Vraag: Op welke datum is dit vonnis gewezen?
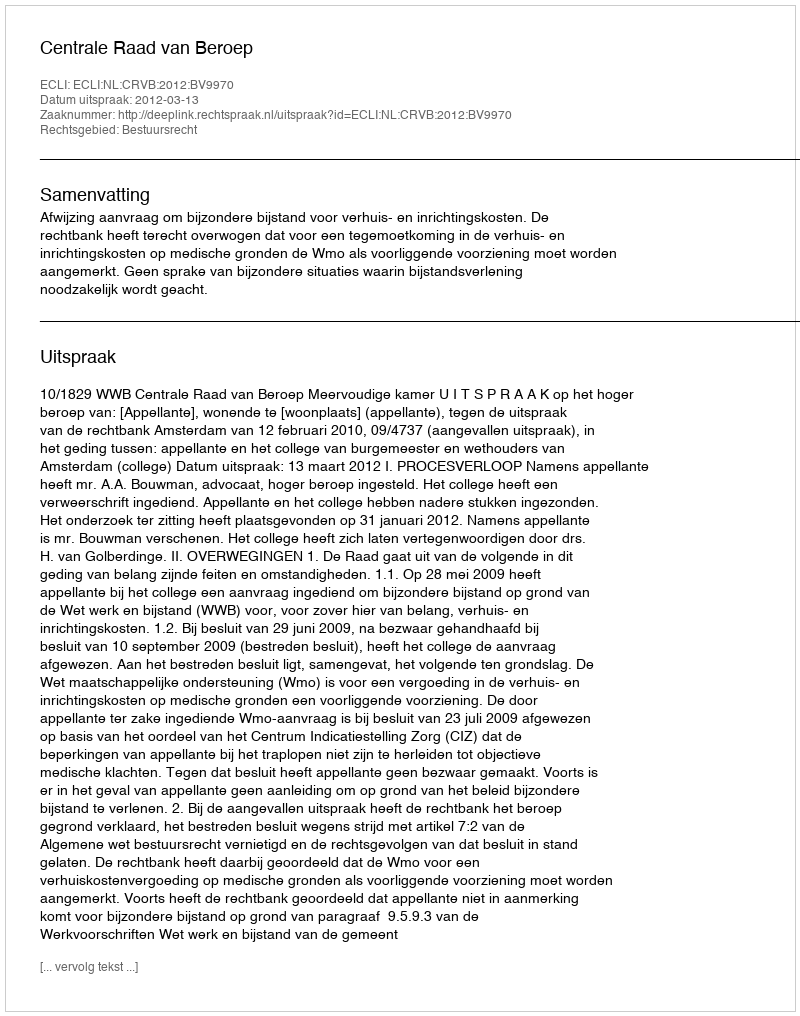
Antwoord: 2012-03-13